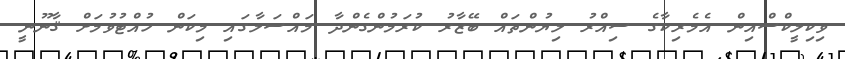
ވިކިލީކްސްއިން އެމެރިކާގެ ސިއްރު ލިޔުންތައް ބޭޒާރު ކުރަމުންގެންދާ މައްސަލާގައި މިކަން ހުއްޓުވުމަށް ޤާނޫނީ